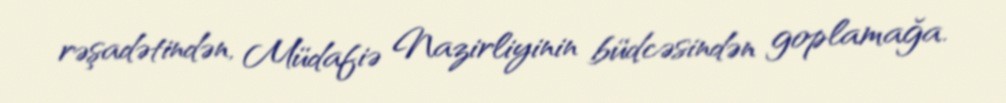
rəşadətindən, Müdafiə Nazirliyinin büdcəsindən goplamağa.